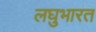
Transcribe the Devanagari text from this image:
लघुभारत